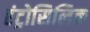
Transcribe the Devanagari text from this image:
एंट्रोसिलिक